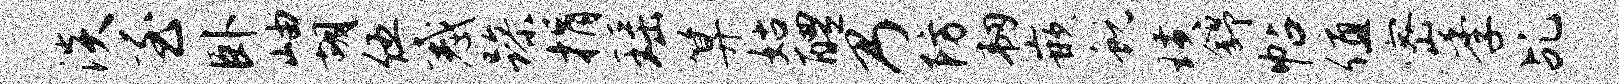
淡至卧岫胡伍惑躁捐瑶算姑醴乃防韧嵌蜕璜舒帖值密季乩